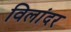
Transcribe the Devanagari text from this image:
विलांदर